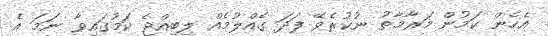
އެހެން ކަމުން މަރާމާތު ނުކުރެވޭ ފަދަ ގެއްލުމެއް ލިބިއްޖެ ކަމުގައިވާ ނަމަ އެ